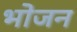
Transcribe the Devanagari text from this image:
भाेजन